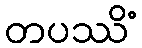
တပဿိံ